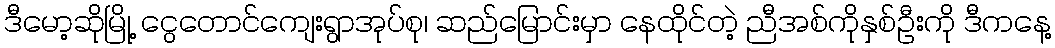
ဒီမော့ဆိုမြို့ ငွေတောင်ကျေးရွာအုပ်စု၊ ဆည်မြောင်းမှာ နေထိုင်တဲ့ ညီအစ်ကိုနှစ်ဦးကို ဒီကနေ့